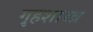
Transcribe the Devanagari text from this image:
गृहशास्त्र